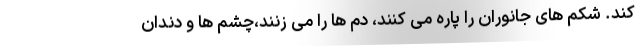
کند. شکم های جانوران را پاره می کنند، دم ها را می زنند،چشم ها و دندان‌